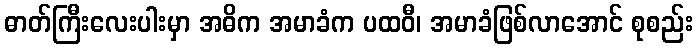
ဓာတ်ကြီးလေးပါးမှာ အဓိက အမာခံက ပထဝီ၊ အမာခံဖြစ်လာအောင် စုစည်း